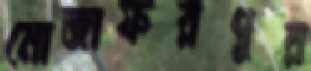
মোজাফরপুর